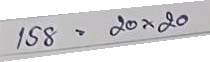
158 = 20 x 20